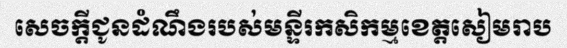
សេចក្តីជូនដំណឹងរបស់មន្ទីរកសិកម្មខេត្តសៀមរាប